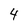
Character: 4